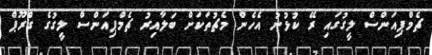
ޗެމްޕިއަންސް ލީގުގައި ރޭ ކުޅުނު އެހެން މެޗުތަކަށް ބަލާއިރު ޗެމްޕިއަންސް ލީގުގެ ގްރޫޕް